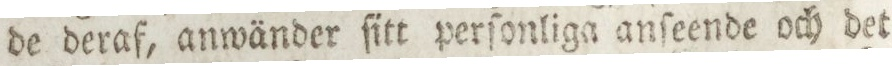
de deraf, anwänder ſitt perſonliga anſeende och det